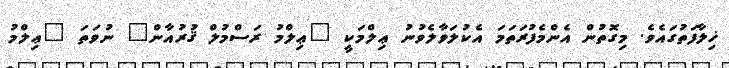
ޚިލާފަތުގައެވެ. މިގޮތުން އެންމެފުރަތަމަ އެކުލަވާލެވުނު ޢިލްމަކީ "ޢިލްމު ރަސްމުލް ޤުރުއާން" ނުވަތަ "ޢިލްމު